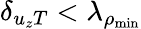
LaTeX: \delta_{{u_{z}}T}<\lambda_{\rho_{\mathrm{min}}}